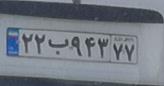
۲۲ب۹۴۳۷۷